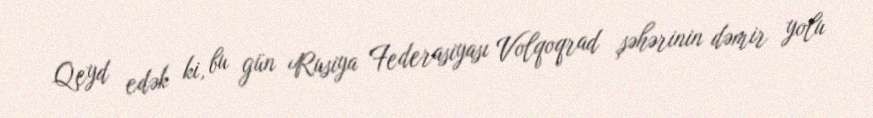
Qeyd edək ki, bu gün Rusiya Federasiyası Volqoqrad şəhərinin dəmir yolu